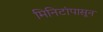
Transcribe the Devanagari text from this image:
मिनिटांपासून